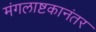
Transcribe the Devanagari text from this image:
मंगलाष्टकानंतर